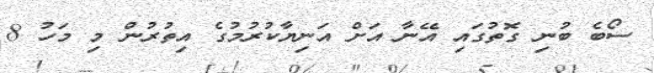
ސޯބެ ބުނި ގޮތުގައި އޭނާ އަށް އަނިޔާކުރުމުގެ އިތުރުން މި މަހު 8